system: You are a helpful assistant.
user:
Analyze the provided spectrum to determine if it is a **"Cataclysmic Variables (CV)"**.

- **Key Indicators for CV (Check for either state):**
    - **State 1: Quiescent / Low-State (Emission-Dominated)**
        - **(Primary):** Strong and *very broad* Hydrogen Balmer emission lines (e.g., $H\alpha$ at 6563 Å, $H\beta$ at 4861 Å). The 'broadness' (high velocity dispersion, often FWHM > 1000 km/s) is the key diagnostic, indicating a high-velocity accretion disk.
        - **(Secondary):** Broad neutral Helium (He I) emission lines (e.g., 5876 Å, 6678 Å).
        - **(Key Confirmation):** Presence of high-excitation *ionized* Helium (He II) emission at 4686 Å. This is a strong indicator of accretion onto a white dwarf.
        - **(Line Profile):** Emission lines may exhibit a 'double-peaked' profile, which is a classic signature of a rotating accretion disk viewed at high inclination.

    - **State 2: Outburst / High-State (Absorption-Dominated)**
        - **(Primary):** Spectrum is dominated by a bright, blue continuum (looks like a hot star).
        - **(Secondary):** The emission lines from State 1 are weak, absent, or 'filled in', and are replaced by broad, shallow *absorption* lines (primarily Balmer and He I).
        - **(Morphology):** The overall spectrum mimics a hot B/A-type star. The crucial difference is that the absorption lines are significantly broader, shallower, and more 'washed-out' (or 'smeared') than the sharp lines of a normal stellar photosphere, due to high rotational speeds and pressure broadening in the disk.

Think first, call **spectral_visualization_tool** if needed to examine features in detail, then provide your final answer. Your response must adhere to the following strict rules:
1.  **Overall Structure:** Your response must follow the format `<think>...</think> <tool_call>...</tool_call> (if a tool is used) <answer>...</answer>`.
2.  **Tool Usage Constraint:** You may only make **one** tool call per turn.
3.  **Final Answer Format:** In the `<answer>` tag, your conclusion must be inside a `\boxed{}` command (e.g., `\boxed{YES}`), followed by your justification.

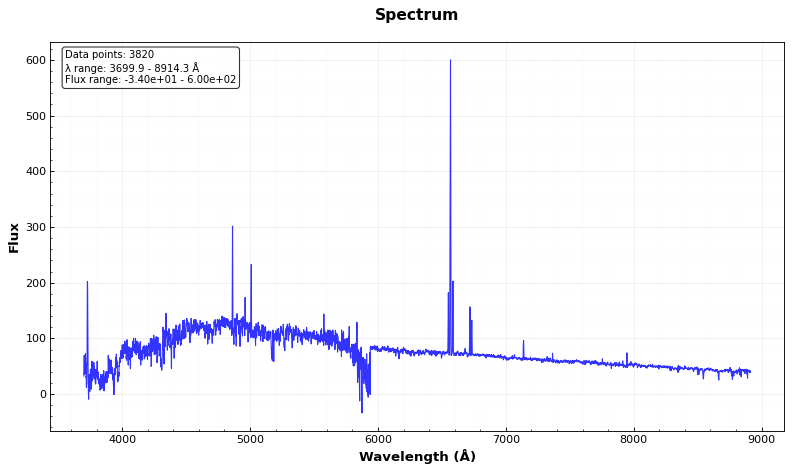
Answer: NO